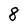
Character: 8